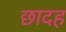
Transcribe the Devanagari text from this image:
छादह